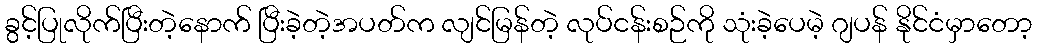
ခွင့်ပြုလိုက်ပြီးတဲ့နောက် ပြီးခဲ့တဲ့အပတ်က လျင်မြန်တဲ့ လုပ်ငန်းစဉ်ကို သုံးခဲ့ပေမဲ့ ဂျပန် နိုင်ငံမှာတော့